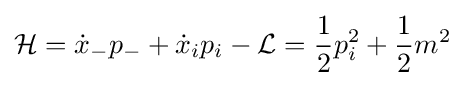
{\mathcal {H}}={\dot {x}}_{-}p_{-}+{\dot {x}}_{i}p_{i}-{\mathcal {L}}={\frac {1}{2}}p_{i}^{2}+{\frac {1}{2}}m^{2}